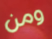
ومن